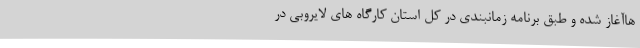
هاآغاز شده و طبق برنامه زمانبندی در کل استان کارگاه های لایروبی در